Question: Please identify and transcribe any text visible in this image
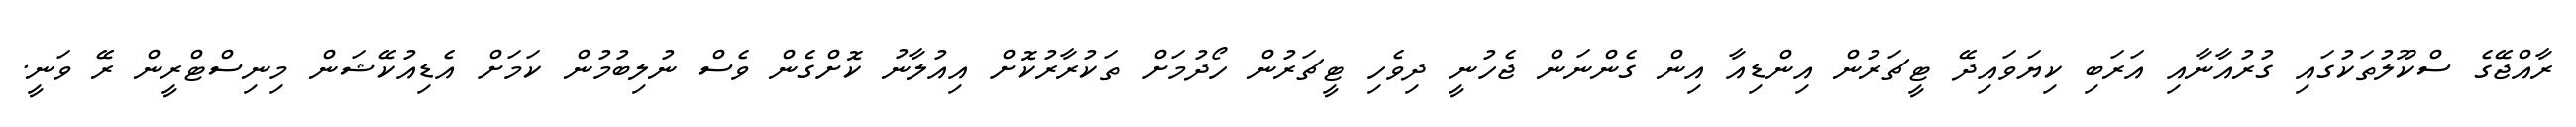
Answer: ރާއްޖޭގެ ސްކޫލުތަކުގައި ގުރުއާނާއި އަރަބި ކިޔަވައިދޭ ޓީޗަރުން އިންޑިއާ އިން ގެންނަން ޖެހުނީ ދިވެހި ޓީޗަރުން ހޯދުމަށް ތަކުރާރުކޮށް އިއުލާނު ކޮށްގެން ވެސް ނުލިބުމުން ކަމަށް އެޑިއުކޭޝަން މިނިސްޓްރީން ރޭ ވަނީ.